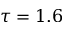
\tau = 1 . 6